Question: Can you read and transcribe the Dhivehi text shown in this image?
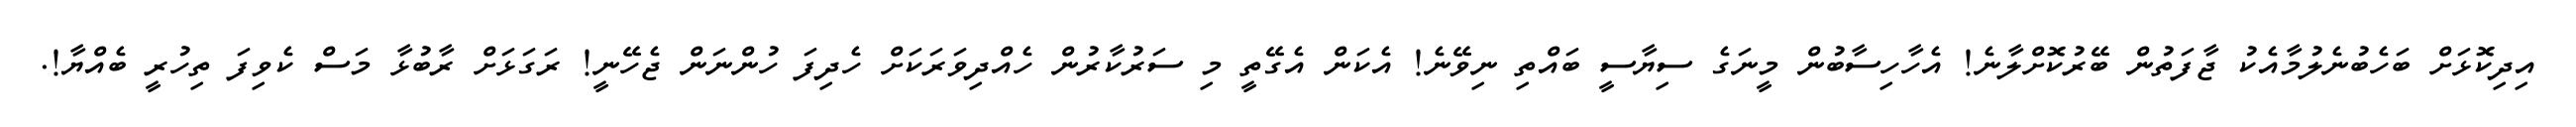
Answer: އިދިކޮޅަށް ބަހެބުނެލުމާއެކު ޖާފަތުން ބޭރުކޮށްލާނެ! އެހާހިސާބުން މީނަގެ ސިޔާސީ ބައްތި ނިވޭނެ! އެކަން އެގޭތީ މި ސަރުކާރުން ހެއްދިވަރަކަށް ހެދިފަ ހުންނަން ޖެހޭނީ! ރަގަޅަށް ރާބުޅާ މަސް ކެވިފަ ތިހުރީ ބެއްޔާ!.